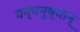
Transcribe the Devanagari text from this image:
यन्मनुष्यान्